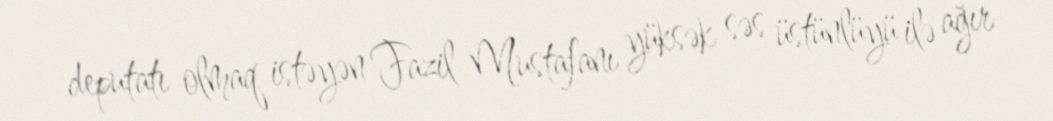
deputatı olmaq istəyən Fazil Mustafanı yüksək səs üstünlüyü ilə ağır